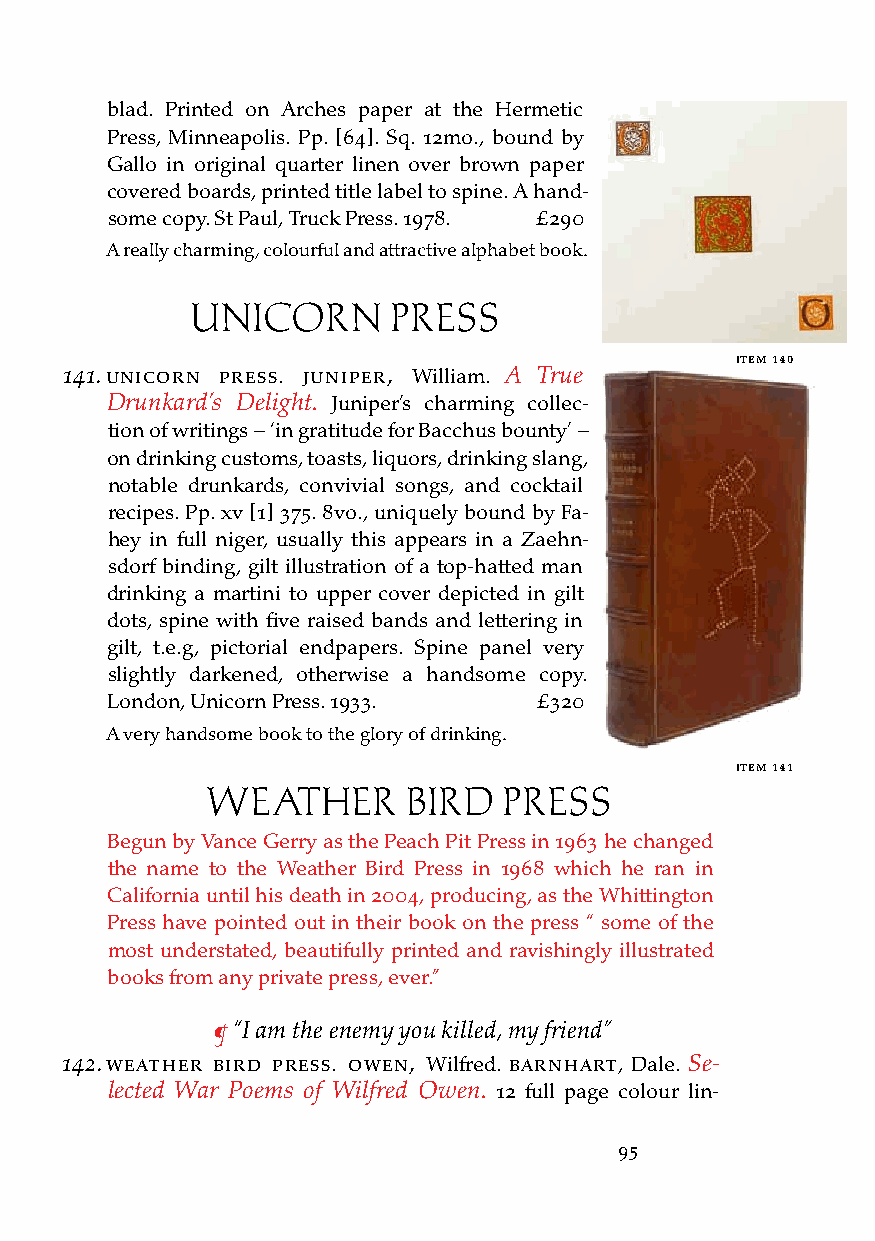
blad. Printed on Arches paper at the Hermetic
 Press, Minneapolis. Pp. [64]. Sq. 12mo., bound by
 Gallo in original quarter linen over brown paper
 covered boards, printed title label to spine. A hand-
 some copy. St Paul, Truck Press. 1978. £290
 A really charming, colourful and attractive alphabet book.
 UNICORN      PRESS
 iteM 140
 141. unicorn Press. JuniPer, William. A True
 Drunkard’s Delight. Juniper’s charming collec-
 tion of writings – ‘in gratitude for Bacchus bounty’ –
 on drinking customs, toasts, liquors, drinking slang,
 notable drunkards, convivial songs, and cocktail
 recipes. Pp. xv [1] 375. 8vo., uniquely bound by Fa-
 hey in full niger, usually this appears in a Zaehn-
 sdorf binding, gilt illustration of a top-hatted man
 drinking a martini to upper cover depicted in gilt
 dots, spine with five raised bands and lettering in
 gilt, t.e.g, pictorial endpapers. Spine panel very
 slightly darkened, otherwise a handsome copy.
 London, Unicorn Press. 1933. £320
 A very handsome book to the glory of drinking.
 iteM 141
 WEATHER      BIRD  PRESS
 Begun by Vance Gerry as the Peach Pit Press in 1963 he changed
 the name to the Weather Bird Press in 1968 which he ran in
 California until his death in 2004, producing, as the Whittington
 Press have pointed out in their book on the press “ some of the
 most understated, beautifully printed and ravishingly illustrated
 books from any private press, ever.”
 ¶ “I am the enemy you killed, my friend”
 142. WeatHer bird Press. oWen, Wilfred. barnHart, Dale. Se-
 lected War Poems of Wilfred Owen. 12 full page colour lin-
 95